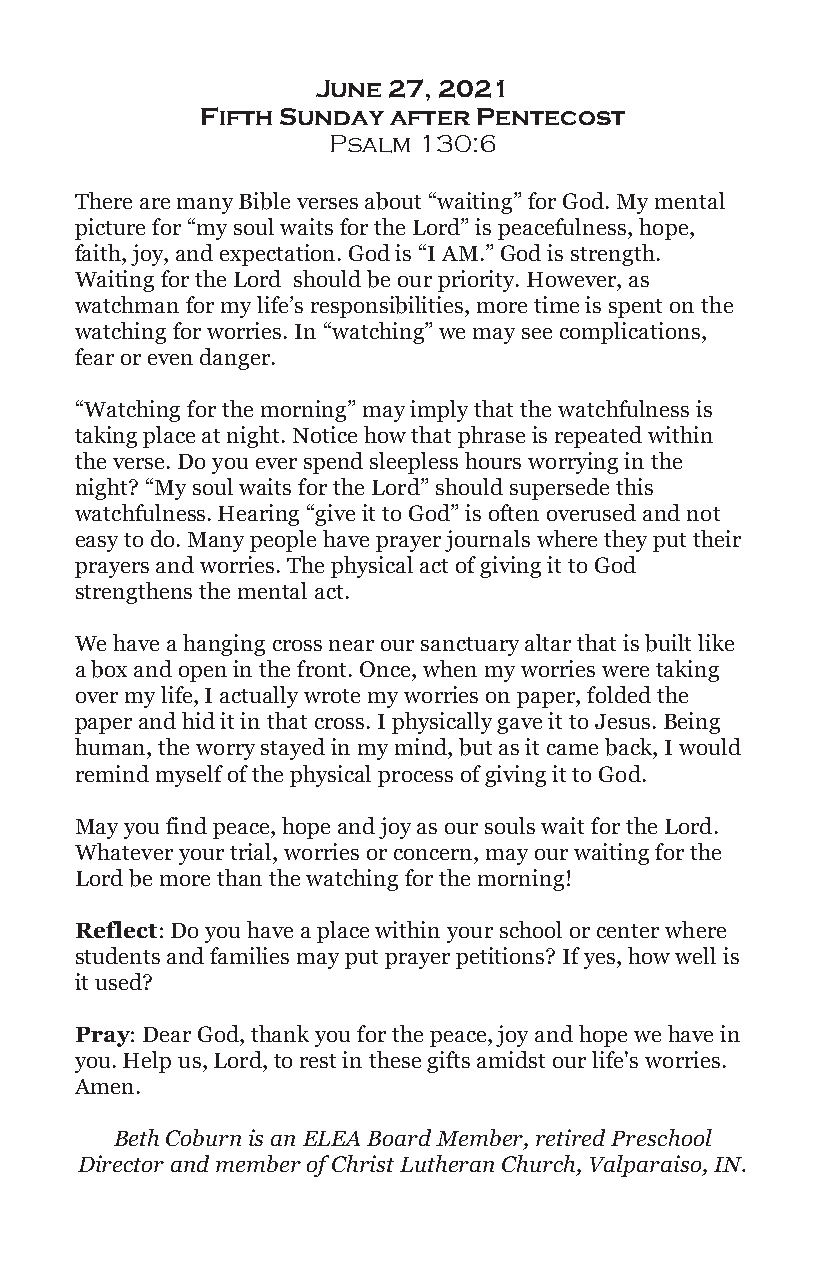
June 27, 2021
 Fifth Sunday after Pentecost
 Psalm 130:6
 There are many Bible verses about “waiting” for God. My mental
 picture for “my soul waits for the Lord” is peacefulness, hope,
 faith, joy, and expectation. God is “I AM.” God is strength.
 Waiting for the Lord should be our priority. However, as
 watchman for my life’s responsibilities, more time is spent on the
 watching for worries. In “watching” we may see complications,
 fear or even danger.
 “Watching for the morning” may imply that the watchfulness is
 taking place at night. Notice how that phrase is repeated within
 the verse. Do you ever spend sleepless hours worrying in the
 night? “My soul waits for the Lord” should supersede this
 watchfulness. Hearing “give it to God” is often overused and not
 easy to do. Many people have prayer journals where they put their
 prayers and worries. The physical act of giving it to God
 strengthens the mental act.
 We have a hanging cross near our sanctuary altar that is built like
 a box and open in the front. Once, when my worries were taking
 over my life, I actually wrote my worries on paper, folded the
 paper and hid it in that cross. I physically gave it to Jesus. Being
 human, the worry stayed in my mind, but as it came back, I would
 remind myself of the physical process of giving it to God.
 May you find peace, hope and joy as our souls wait for the Lord.
 Whatever your trial, worries or concern, may our waiting for the
 Lord be more than the watching for the morning!
 Reflect: Do you have a place within your school or center where
 students and families may put prayer petitions? If yes, how well is
 it used?
 Pray: Dear God, thank you for the peace, joy and hope we have in
 you. Help us, Lord, to rest in these gifts amidst our life's worries.
 Amen.
 Beth Coburn is an ELEA Board Member, retired Preschool
 Director and member of Christ Lutheran Church, Valparaiso, IN.